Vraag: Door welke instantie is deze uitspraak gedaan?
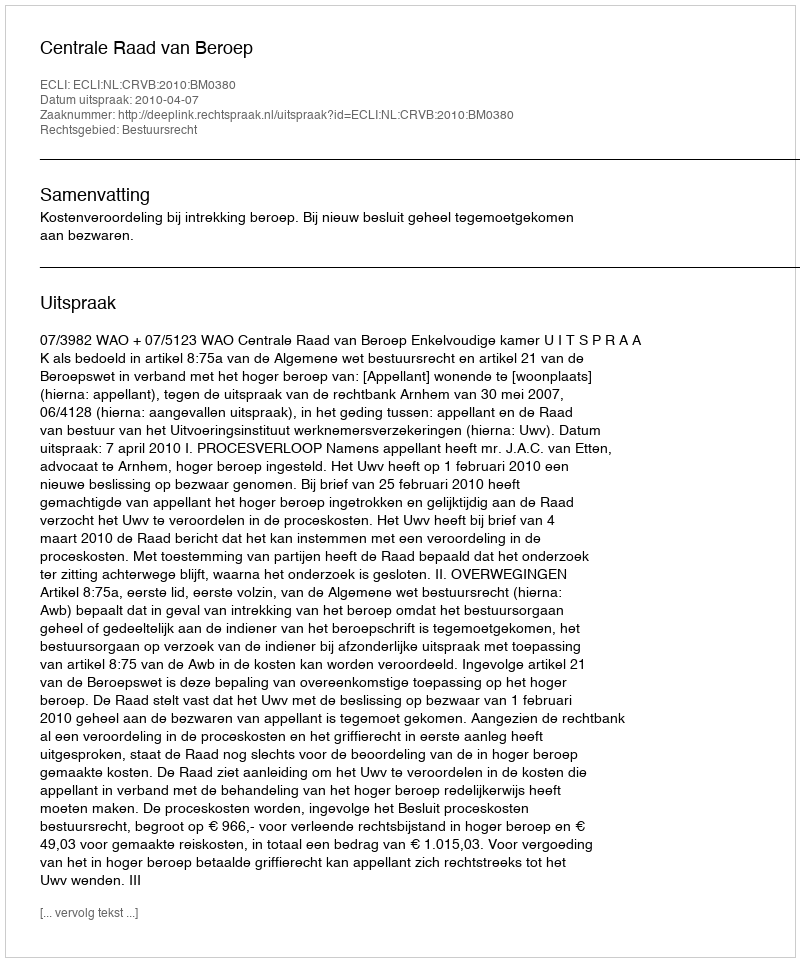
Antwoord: Centrale Raad van Beroep